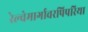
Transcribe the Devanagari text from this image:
रेल्वेमार्गावरपिपरिया